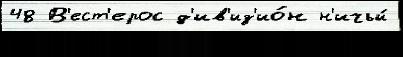
48 В'ест'ерос д'ив'из'ио́н н'ичьи́